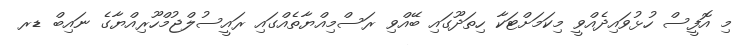
މި އޮފީސް ހުޅުވައިދެއްވީ މިކަމަށްޓަކާ ހިތަދޫގައި ބޭއްވި ރަސްމިއްޔާތެއްގައި ރައީސުލްޖުމްހޫރިއްޔާގެ ނައިބް ޑރ